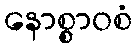
နောစ္စာဝစံ